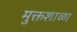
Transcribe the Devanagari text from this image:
मुक्तशाळा